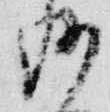
沙